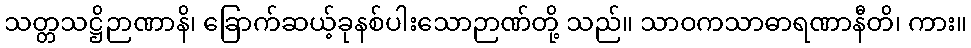
သတ္တသဋ္ဌိဉာဏာနိ၊ ခြောက်ဆယ့်ခုနစ်ပါးသောဉာဏ်တို့ သည်။ သာဝကသာဓာရဏာနီတိ၊ ကား။